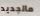
مالجديد